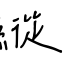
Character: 縱